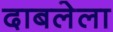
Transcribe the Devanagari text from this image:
दाबलेला